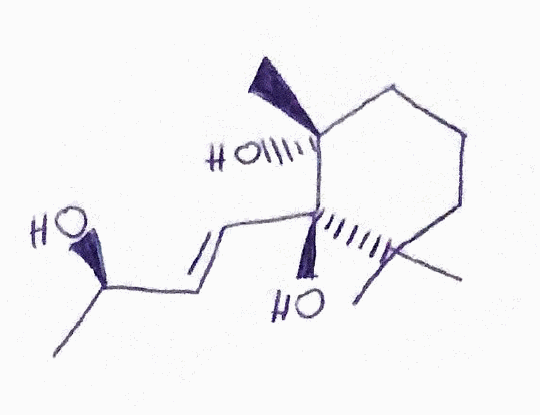
Simplified molecular-input line-entry system (SMILES) notation of the given molecule:
C[C@H](/C=C/[C@@]1([C@](CCCC1(C)C)(C)O)O)O